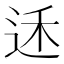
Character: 𮷟